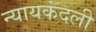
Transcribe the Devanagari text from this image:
न्यायकंदली